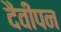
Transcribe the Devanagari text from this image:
दैवीपन